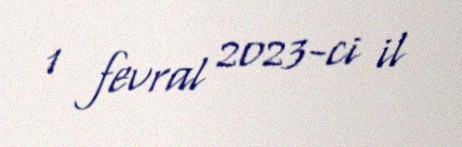
1 fevral 2023-ci il